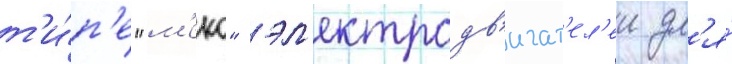
т'и́п'е "м'еко" эл'ектродв'игат'ел'еи дл'я́